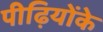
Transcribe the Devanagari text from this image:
पीढ़ियोंके